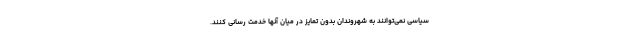
سیاسی نمی‌توانند به شهروندان بدون تمایز در میان آنها خدمت رسانی کنند.